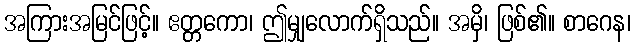
အကြားအမြင်ဖြင့်။ ဧတ္တကော၊ ဤမျှလောက်ရှိသည်။ အမှိ၊ ဖြစ်၏။ စာဂေန၊